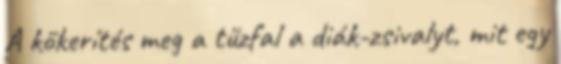
A kőkerítés meg a tűzfal a diák-zsivalyt, mit egy